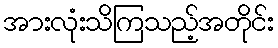
အားလုံးသိကြသည့်အတိုင်း